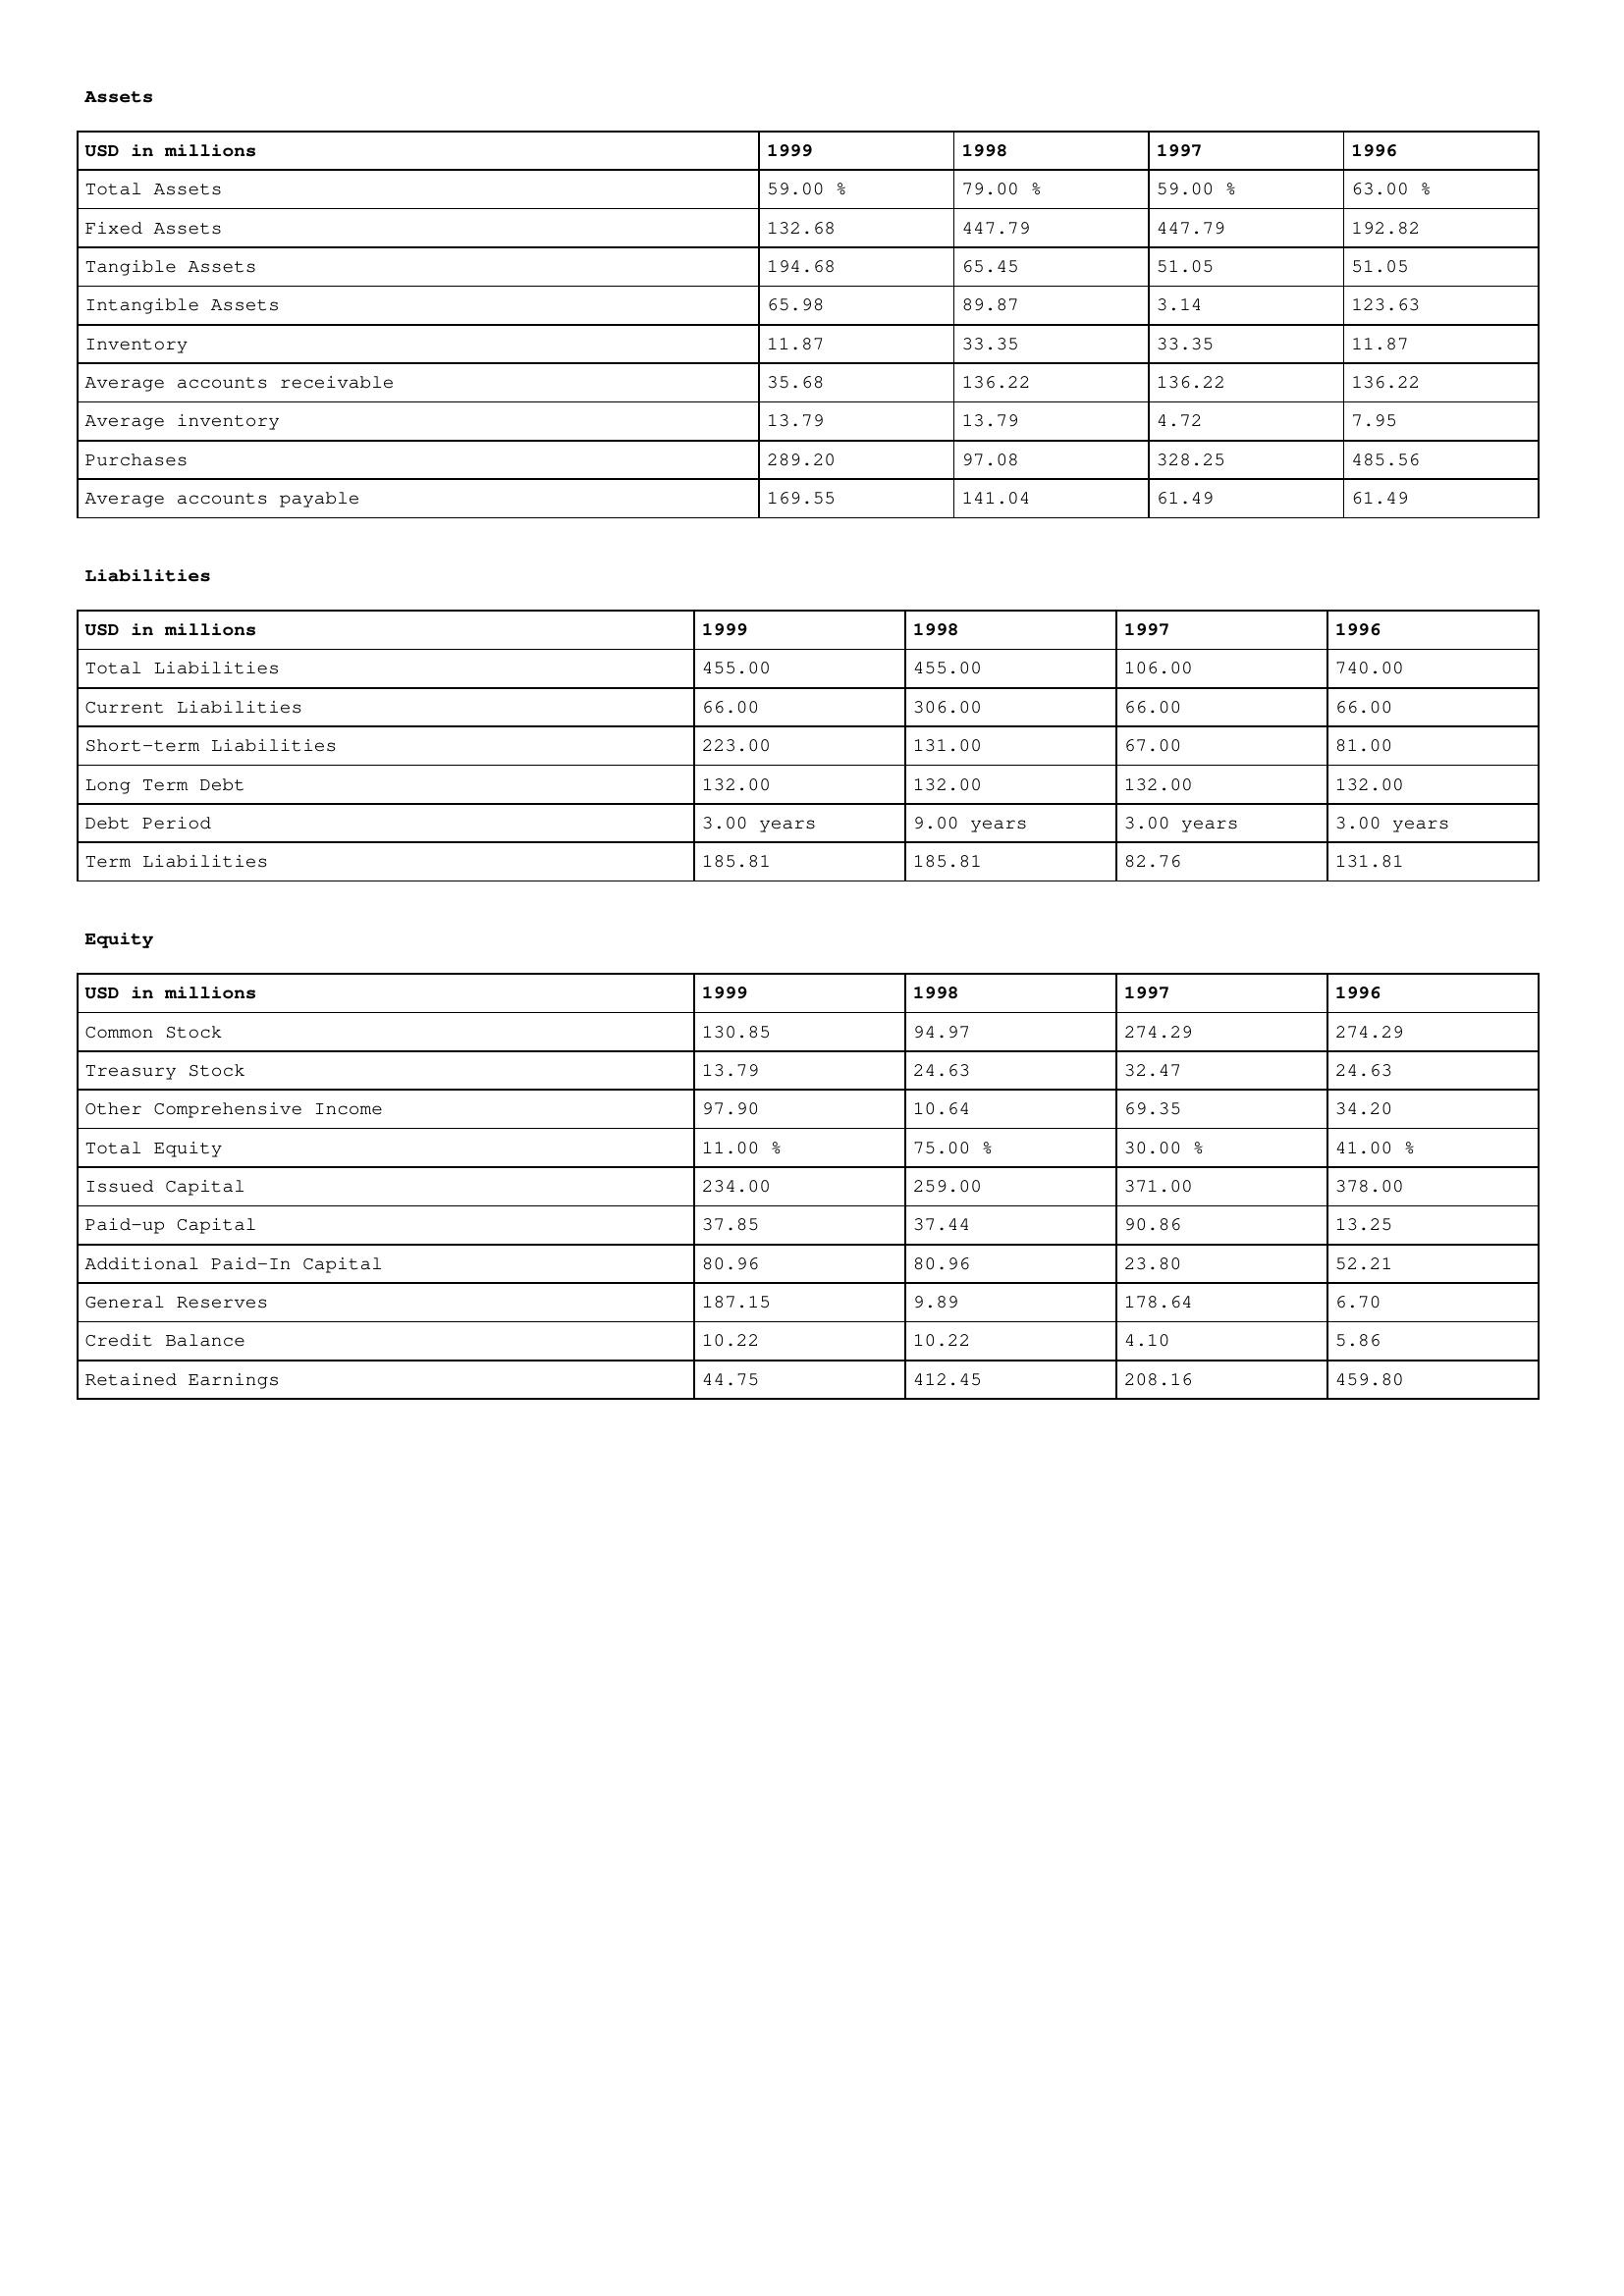
gt_parse: 1999: Assets: Total Assets: 59.00 %
Fixed Assets: 132.68
Tangible Assets: 194.68
Intangible Assets: 65.98
Inventory: 11.87
Average accounts receivable: 35.68
Average inventory: 13.79
Purchases: 289.20
Average accounts payable: 169.55
Liabilities: Total Liabilities: 455.00
Current Liabilities: 66.00
Short-term Liabilities: 223.00
Long Term Debt: 132.00
Debt Period: 3.00 years
Term Liabilities: 185.81
Equity: Common Stock: 130.85
Treasury Stock: 13.79
Other Comprehensive Income: 97.90
Total Equity: 11.00 %
Issued Capital: 234.00
Paid-up Capital: 37.85
Additional Paid-In Capital: 80.96
General Reserves: 187.15
Credit Balance: 10.22
Retained Earnings: 44.75
1998: Assets: Total Assets: 79.00 %
Fixed Assets: 447.79
Tangible Assets: 65.45
Intangible Assets: 89.87
Inventory: 33.35
Average accounts receivable: 136.22
Average inventory: 13.79
Purchases: 97.08
Average accounts payable: 141.04
Liabilities: Total Liabilities: 455.00
Current Liabilities: 306.00
Short-term Liabilities: 131.00
Long Term Debt: 132.00
Debt Period: 9.00 years
Term Liabilities: 185.81
Equity: Common Stock: 94.97
Treasury Stock: 24.63
Other Comprehensive Income: 10.64
Total Equity: 75.00 %
Issued Capital: 259.00
Paid-up Capital: 37.44
Additional Paid-In Capital: 80.96
General Reserves: 9.89
Credit Balance: 10.22
Retained Earnings: 412.45
1997: Assets: Total Assets: 59.00 %
Fixed Assets: 447.79
Tangible Assets: 51.05
Intangible Assets: 3.14
Inventory: 33.35
Average accounts receivable: 136.22
Average inventory: 4.72
Purchases: 328.25
Average accounts payable: 61.49
Liabilities: Total Liabilities: 106.00
Current Liabilities: 66.00
Short-term Liabilities: 67.00
Long Term Debt: 132.00
Debt Period: 3.00 years
Term Liabilities: 82.76
Equity: Common Stock: 274.29
Treasury Stock: 32.47
Other Comprehensive Income: 69.35
Total Equity: 30.00 %
Issued Capital: 371.00
Paid-up Capital: 90.86
Additional Paid-In Capital: 23.80
General Reserves: 178.64
Credit Balance: 4.10
Retained Earnings: 208.16
1996: Assets: Total Assets: 63.00 %
Fixed Assets: 192.82
Tangible Assets: 51.05
Intangible Assets: 123.63
Inventory: 11.87
Average accounts receivable: 136.22
Average inventory: 7.95
Purchases: 485.56
Average accounts payable: 61.49
Liabilities: Total Liabilities: 740.00
Current Liabilities: 66.00
Short-term Liabilities: 81.00
Long Term Debt: 132.00
Debt Period: 3.00 years
Term Liabilities: 131.81
Equity: Common Stock: 274.29
Treasury Stock: 24.63
Other Comprehensive Income: 34.20
Total Equity: 41.00 %
Issued Capital: 378.00
Paid-up Capital: 13.25
Additional Paid-In Capital: 52.21
General Reserves: 6.70
Credit Balance: 5.86
Retained Earnings: 459.80